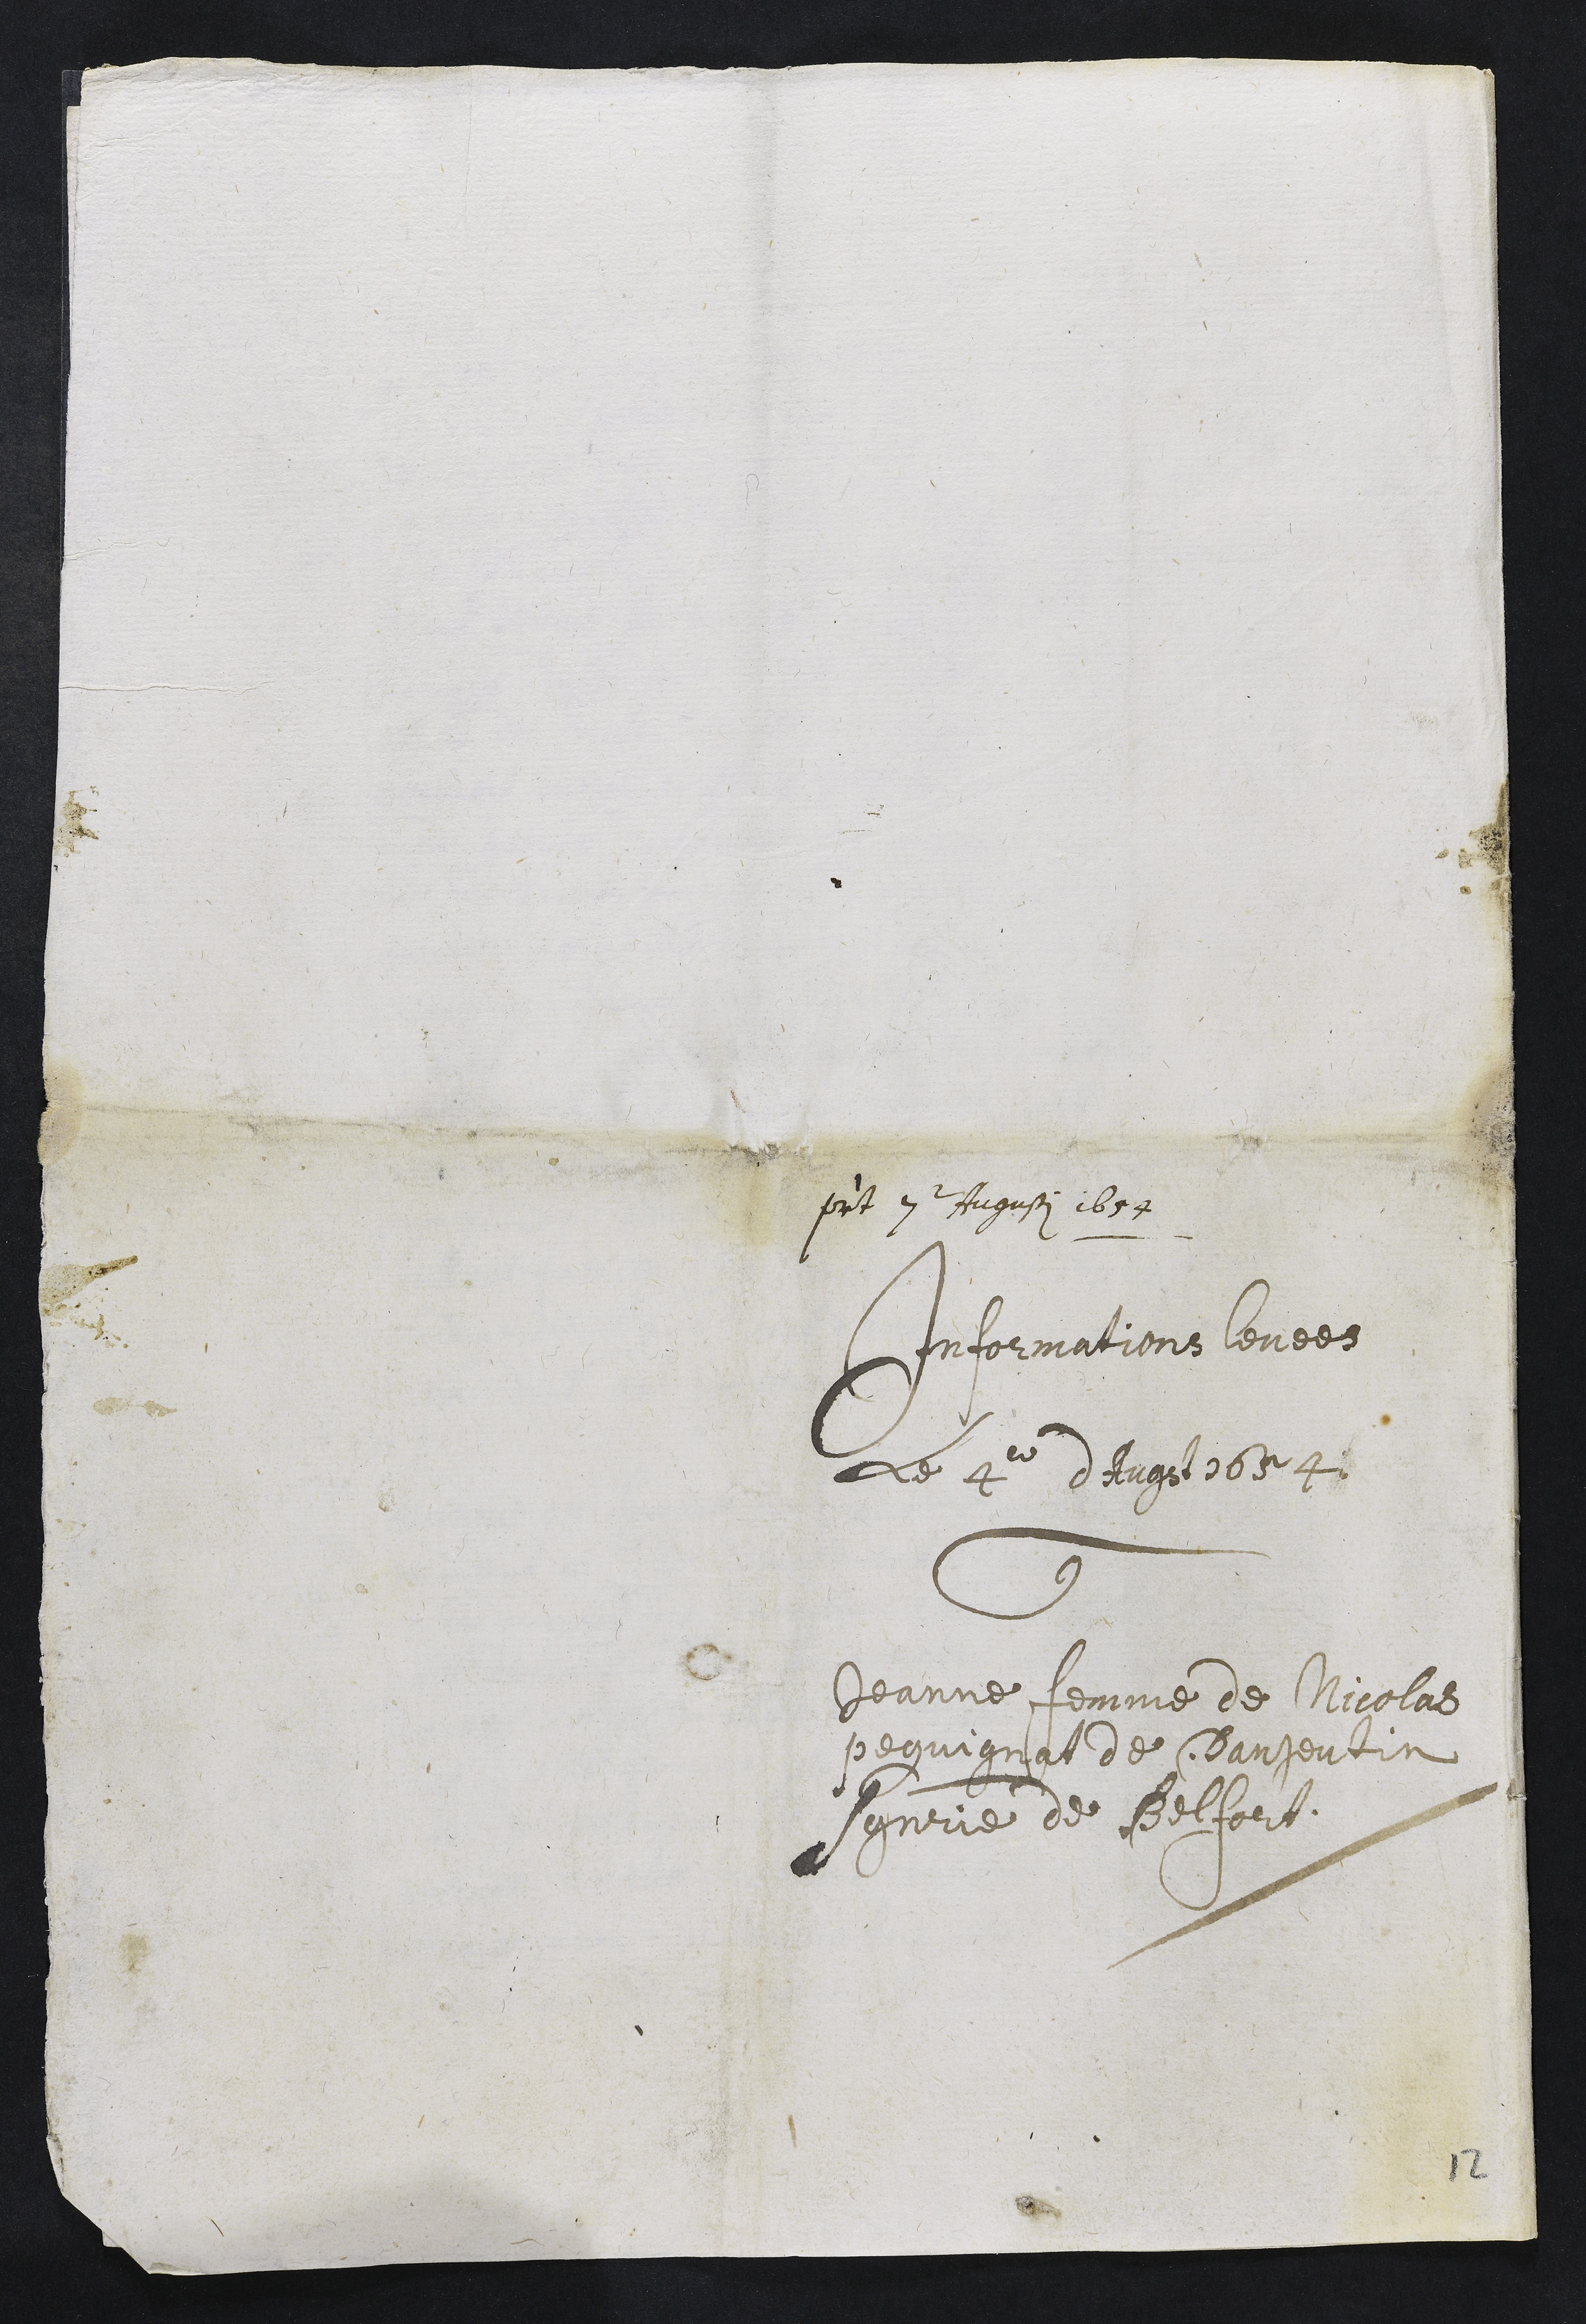
présent 7e Augusti 1654
Informations levées
Le 4eme dAugst 1654
Contre
Jeanne femme de Nicolas
Pequignat de Danjoutin
seigneurie de Belfort.